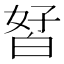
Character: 𰤘